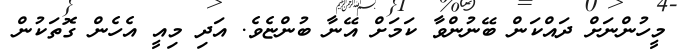
މީހުންނަށް ދައްކަން ބޭނުންވާ ކަމަށް އޭނާ ބުންޏެވެ. އަދި މިއީ އެހެން ގޮތަކުން